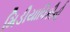
મિડીયાવિકીની